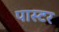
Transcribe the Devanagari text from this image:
पास्‍टर